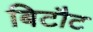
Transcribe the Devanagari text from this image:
बिटौट